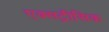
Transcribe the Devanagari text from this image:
एक्सट्रीसिक